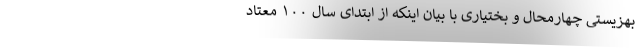
بهزیستی چهارمحال و بختیاری با بیان اینکه از ابتدای سال ۱۰۰ معتاد